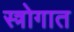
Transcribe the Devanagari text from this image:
स्त्रोगात